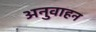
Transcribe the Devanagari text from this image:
अनुवाहन